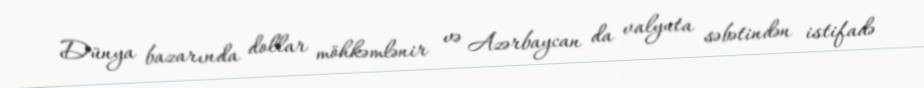
Dünya bazarında dollar möhkəmlənir və Azərbaycan da valyuta səbətindən istifadə